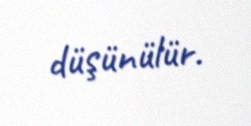
düşünülür.